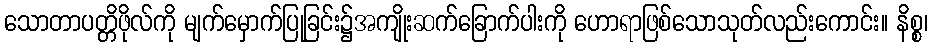
သောတာပတ္တိဖိုလ်ကို မျက်မှောက်ပြုခြင်း၌အကျိုးဆက်ခြောက်ပါးကို ဟောရာဖြစ်သောသုတ်လည်းကောင်း။ နိစ္စ၊